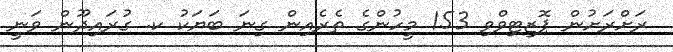
ރަށްރަށުން ޕޮޒިޓިވްވި 153 މީހުންގެ ތެރެއިން ގިނަ ބަޔަކު ކ. ގުރައިދޫން ވަނީ